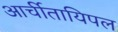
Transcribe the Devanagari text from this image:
आर्चीतायिपल